Civil Veterinary Department Bengal reports 1933-51 - 1933-1951
Year: 1933
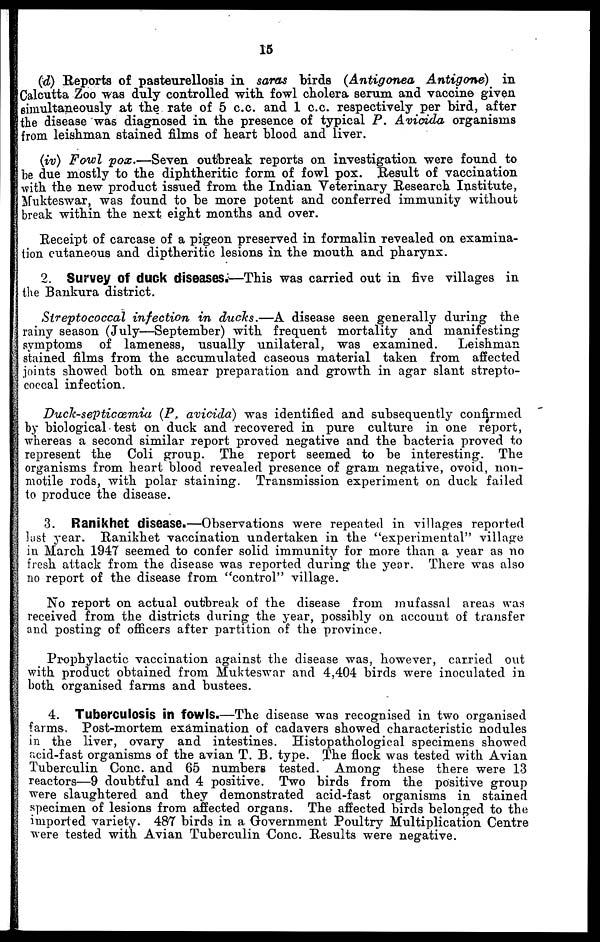
15
(d) Reports of pasteurellosis in saras birds (Antigonea
Antigone)
in
Calcutta Zoo was duly controlled with fowl cholera serum and vaccine given
simultaneously at the rate of 5 c.c. and 1 c.c. respectively per bird, after
the disease was diagnosed in the presence of typical P. Avicida organisms
from leishman stained films of heart blood and liver.
(iv) Fowl pox.—Seven outbreak reports on investigation were found to
be due mostly to the diphtheritic form of fowl pox. Result of vaccination
with the new product issued from the Indian Veterinary Research Institute,
Mukteswar, was found to be more potent and conferred immunity without
break within the next eight months and over.
Receipt of carcase of a pigeon preserved in formalin revealed on examina-
tion cutaneous and diptheritic lesions in the mouth and pharynx.
2. Survey of duck diseases.—This was carried out in five villages in
the Bankura district.
Streptococcal infection in ducks.—A disease seen generally during the
rainy season (July—September) with frequent mortality and manifesting
symptoms of lameness, usually unilateral, was examined.
Leishman
stained films from the accumulated caseous material taken from affected
joints showed both on smear preparation and growth in agar slant strepto-
coccal infection.
Duck-septicœmia
(P, avicida) was identified and subsequently confirmed
by biological test on duck and recovered in pure culture in one report,
whereas a second similar report proved negative and the bacteria proved to
represent the Coli group. The report seemed to be interesting. The
organisms from heart blood revealed presence of gram negative, ovoid, non-
motile rods, with polar staining. Transmission experiment on duck failed
to produce the disease.
3. Ranikhet disease.—Observations were repeated in villages reported
lust year. Ranikhet vaccination undertaken in the "experimental" village
in March 1947 seemed to confer solid immunity for more than a year as no
fresh attack from the disease was reported during the year. There was also
no report of the disease from "control" village.
No report on actual outbreak of the disease from mufassal areas was
received from the districts during the year, possibly on account of transfer
and posting of officers after partition of the province.
Prophylactic vaccination against the disease was, however, carried out
with product obtained from Mukteswar and 4,404 birds were inoculated in
both organised farms and bustees.
4. Tuberculosis in fowls.—The disease was recognised in two organised
farms. Post-mortem examination of cadavers showed characteristic nodules
in the liver, ovary and intestines. Histopathological specimens showed
acid-fast organisms of the avian T. B. type. The flock was tested with Avian
Tuberculin Conc. and 65 numbers tested. Among these there were 13
reactors—9 doubtful and 4 positive. Two birds from the positive group
were slaughtered and they demonstrated acid-fast organisms in stained
specimen of lesions from affected organs. The affected birds belonged to the
imported variety. 487 birds in a Government Poultry Multiplication Centre
were tested with Avian Tuberculin Conc. Results were negative.